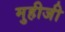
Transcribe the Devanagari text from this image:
मुहीजी